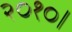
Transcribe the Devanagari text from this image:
२०१०।